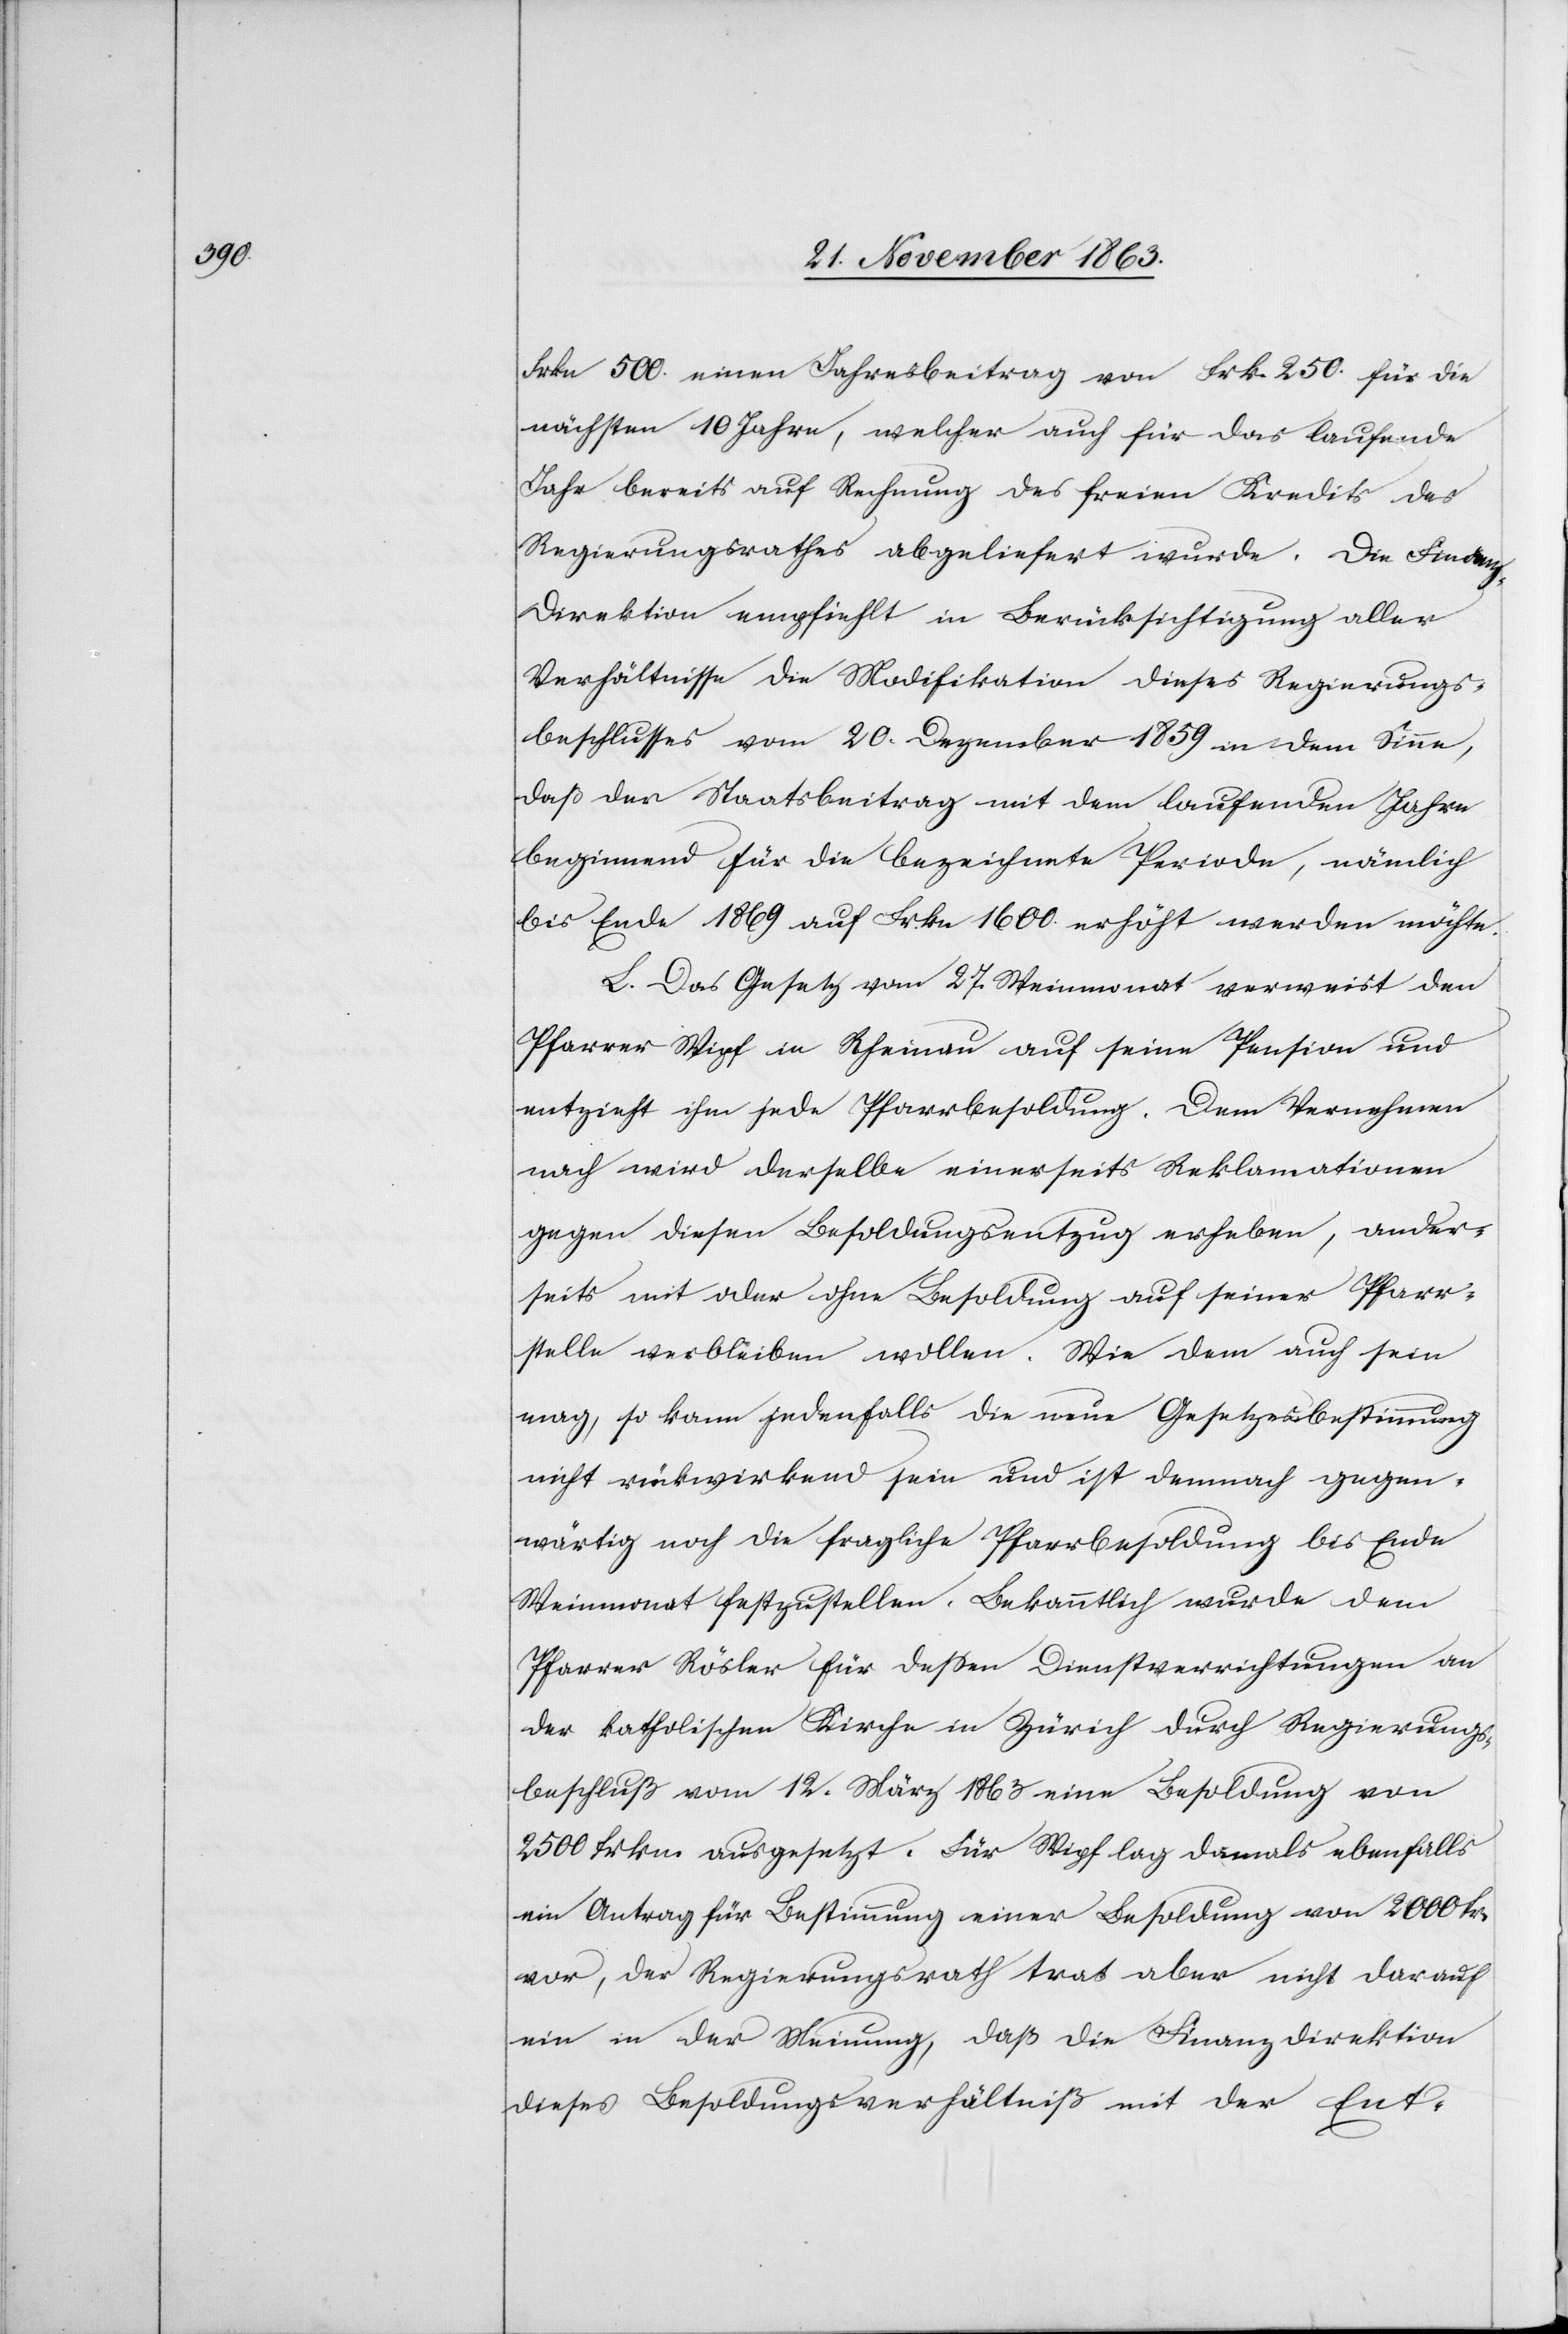
Frkn 500. einen Jahresbeitrag von Frk. 250. für die
nächsten 10 Jahre, welcher auch für das laufende
Jahr bereits auf Rechnung des freien Kredits des
Regierungsrathes abgeliefert wurde. Die Finan¬
z-Direktion empfiehlt in Berücksichtigung aller
Verhältnisse die Modifikation dieses Regierungs¬
beschlusses vom 20. Dezember 1859 in dem Sinne,
daß der Staatsbeitrag mit dem laufenden Jahre
beginnend für die bezeichnete Periode, nämlich
bis Ende 1869 auf Frkn 1600. erhöht werden möchte.
Das Gesetz vom 27. Weinmonat verweist den
Pfarrer Wipf in Rheinau auf seine Pension und
entzieht ihm jede Pfarrbesoldung. Dem Vernehmen
nach wird derselbe einerseits Reklamationen
gegen diesen Besoldungsentzug erheben, ander¬
seits mit oder ohne Besoldung auf seiner Pfarr¬
stelle verbleiben wollen. Wie dem auch sein
mag, so kann jedenfalls die neue Gesetzesbestimmung
nicht rückwirkend sein und ist demnach gegen¬
wärtig noch die fragliche Pfarrbesoldung bis Ende
Weinmonat festzustellen. Bekanntlich wurde dem
Pfarrer Rösler für dessen Dienstverrichtungen an
der katholischen Kirche in Zürich durch Regierungs¬
beschluß vom 12. März 1863 eine Besoldung von
2500 frkn. ausgesetzt. Für Wipf lag damals ebenfalls
ein Antrag für Bestimmung einer Besoldung von 2000 fr.
vor, der Regierungsrath trat aber nicht darauf
ein in der Meinung, daß die Finanzdirektion
dieses Besoldungsverhältniß mit der Ent-